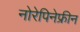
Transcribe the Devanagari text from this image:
नोरेपिनेफ्रीन